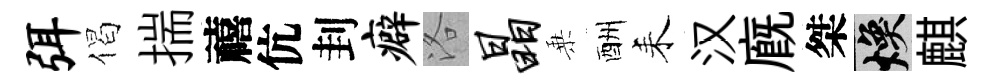
弭偈揣禧伉刲癖洛晶乗酬耒汉廐桀焕麒